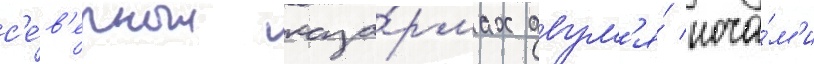
с'е́в'ерных каза́рмах двум'я́ ноча́м'и